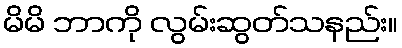
မိမိ ဘာကို လွမ်းဆွတ်သနည်း။